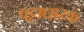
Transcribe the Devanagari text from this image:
पट्टाधारक